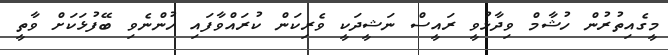
މީގެއިތުރުން ހުޝާމް ވިދާޅުވީ ރައީސް ނަޝީދަކީ ވެރިކަން ކުރައްވާފައި ހުންނެވި ބޭފުޅަކަށް ވާތީ